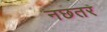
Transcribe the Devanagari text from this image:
नछतर